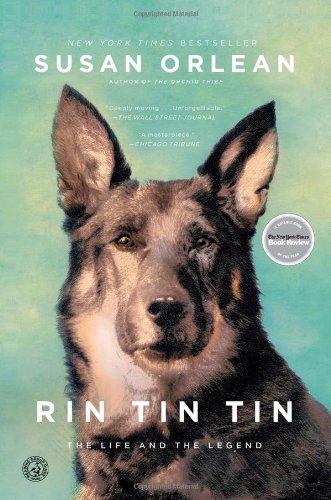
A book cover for Rin Tin Tin: The Life and the Legend; Susan Orlean; Humor & Entertainment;